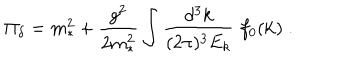
\Pi _ { \delta } = m _ { * } ^ { 2 } + { \frac { g ^ { 2 } } { 2 m _ { * } ^ { 2 } } } \int { \frac { d ^ { 3 } k } { ( 2 \pi ) ^ { 3 } E _ { k } } } \; f _ { 0 } ( { \bf k } ) \; .